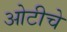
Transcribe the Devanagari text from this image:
ओटीचे